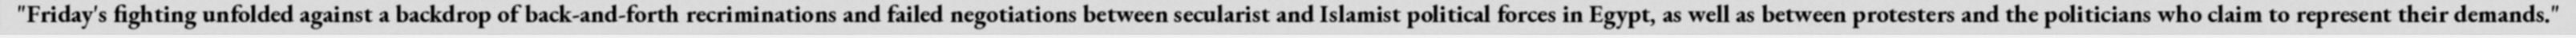
"Friday's fighting unfolded against a backdrop of back-and-forth recriminations and failed negotiations between secularist and Islamist political forces in Egypt, as well as between protesters and the politicians who claim to represent their demands."